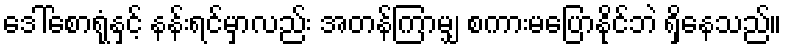
ဒေါ်စောရုံနှင့် နန်းရင်မှာလည်း အတန်ကြာမျှ စကားမပြောနိုင်ဘဲ ရှိနေသည်။